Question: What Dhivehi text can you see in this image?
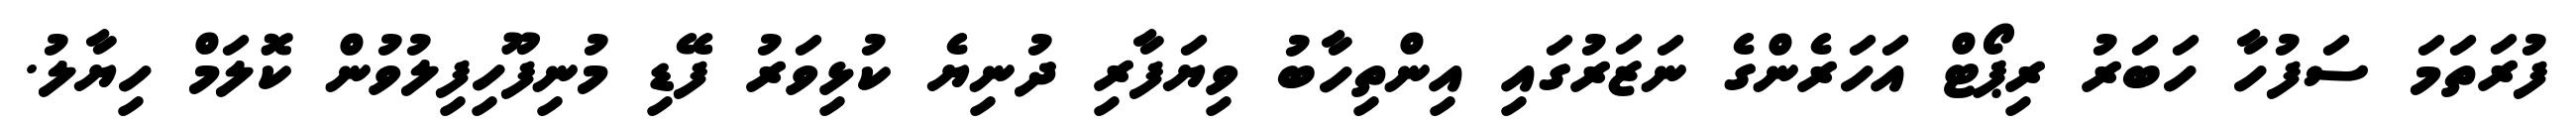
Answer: ފުރަތަމަ ސަފުހާ ހަބަރު ރިޕޯޓް އަހަރެންގެ ނަޒަރުގައި އިންތިހާބު ވިޔަފާރި ދުނިޔެ ކުޅިވަރު ފޭޑި މުނިފޫހިފިލުވުން ކޮލަމް ހިޔާލު.